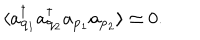
LaTeX: \langle a _ { { \bf q } _ { 1 } } ^ { \dagger } a _ { { \bf q } _ { 2 } } ^ { \dagger } a _ { { \bf p } _ { 1 } } a _ { { \bf p } _ { 2 } } \rangle \simeq 0 .